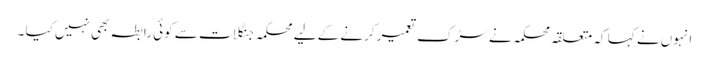
انہوں نے کہا کہ متعلقہ محکمہ نے سڑک تعمیر کرنے کے لیے محکمہ جنگلات سے کوئی رابطہ بھی نہیں کیا ۔